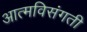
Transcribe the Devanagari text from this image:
आत्मविसंगती